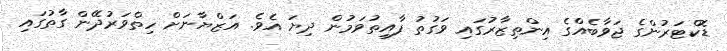
ޑޮކްޓަރުންގެ ޖަވާބެއްގެ އިންތިޒާރުގައި ވަގުތު ފާއިތުވަމުން ދިޔަ އެވެ. އަޒްޔާނަށް ހިތްވަރުދޭން ގާތުގައި